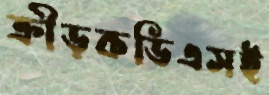
ক্রীড়কডিএসই